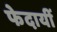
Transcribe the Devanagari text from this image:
फेदायीं